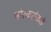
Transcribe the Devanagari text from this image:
भोरकरांकडे